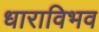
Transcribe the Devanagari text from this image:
धाराविभव